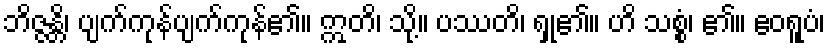
ဘိဇ္ဇန္တိ၊ ပျက်ကုန်ပျက်ကုန်၏။ ဣတိ၊ သို့။ ပဿတိ၊ ရှု၏။ ဟိ သစ္စံ၊ ၏။ ဧဝရူပံ၊